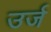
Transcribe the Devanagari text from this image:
उर्ज